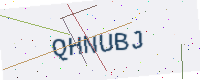
Text: QHNUBJ